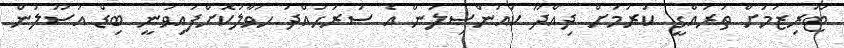
ޓޫރިޒަމަށް ތަރައްގީ ކުރުމަށް ދިއްދޫ ކައުންސިލުން އެ ސަރަހައްދު ހަވާލުކޮށްފައިވަނީ ބިޑް އުސޫލުން